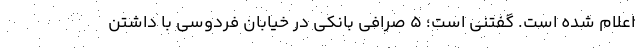
اعلام شده است. گفتنی است؛ ۵ صرافی بانکی در خیابان فردوسی با داشتن